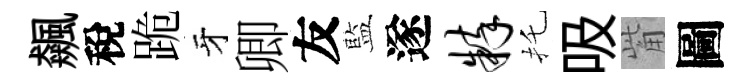
飆稅跪牙卿友藍遂粹托吸觜圖